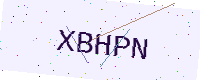
Text: XBHPN